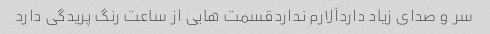
سر و صدای زیاد داردآلارم نداردقسمت هایی از ساعت رنگ پریدگی دارد